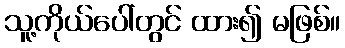
သူ့ကိုယ်ပေါ်တွင် ထား၍ မဖြစ်။